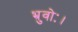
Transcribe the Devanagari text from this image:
भ्रुवोः।